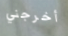
أخرجني